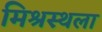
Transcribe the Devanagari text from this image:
मिश्रस्थला